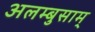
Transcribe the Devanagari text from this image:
अलम्बुसाम्